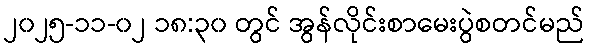
၂၀၂၅-၁၁-၀၂ ၁၈:၃၀ တွင် အွန်လိုင်းစာမေးပွဲစတင်မည်